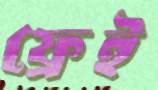
ফ্রেই